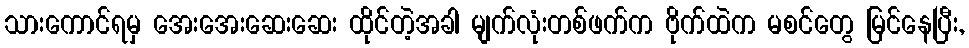
သားကောင်ရမှ အေးအေးဆေးဆေး ထိုင်တဲ့အခါ မျက်လုံးတစ်ဖက်က ဗိုက်ထဲက မစင်တွေ မြင်နေပြီး,